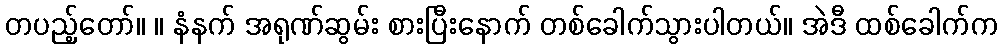
တပည့်တော်။ ။ နံနက် အရုဏ်ဆွမ်း စားပြီးနောက် တစ်ခေါက်သွားပါတယ်။ အဲဒီ ထစ်ခေါက်က